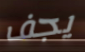
يجف